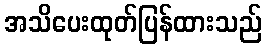
အသိပေးထုတ်ပြန်ထားသည်